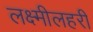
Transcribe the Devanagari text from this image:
लक्ष्मीलहरी